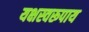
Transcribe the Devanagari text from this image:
यक्षस्वरूपाय